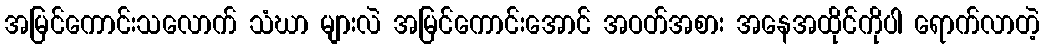
အမြင်ကောင်းသလောက် သံဃာ များလဲ အမြင်ကောင်းအောင် အဝတ်အစား အနေအထိုင်ကိုပါ ရောက်လာတဲ့